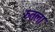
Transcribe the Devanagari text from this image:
रुतला